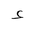
Letter: _hamza